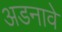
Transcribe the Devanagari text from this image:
अडनावे